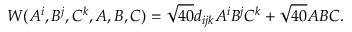
{ \cal W } ( A ^ { i } , B ^ { j } , C ^ { k } , A , B , C ) = \sqrt { 4 0 } d _ { i j k } A ^ { i } B ^ { j } C ^ { k } + \sqrt { 4 0 } A B C .